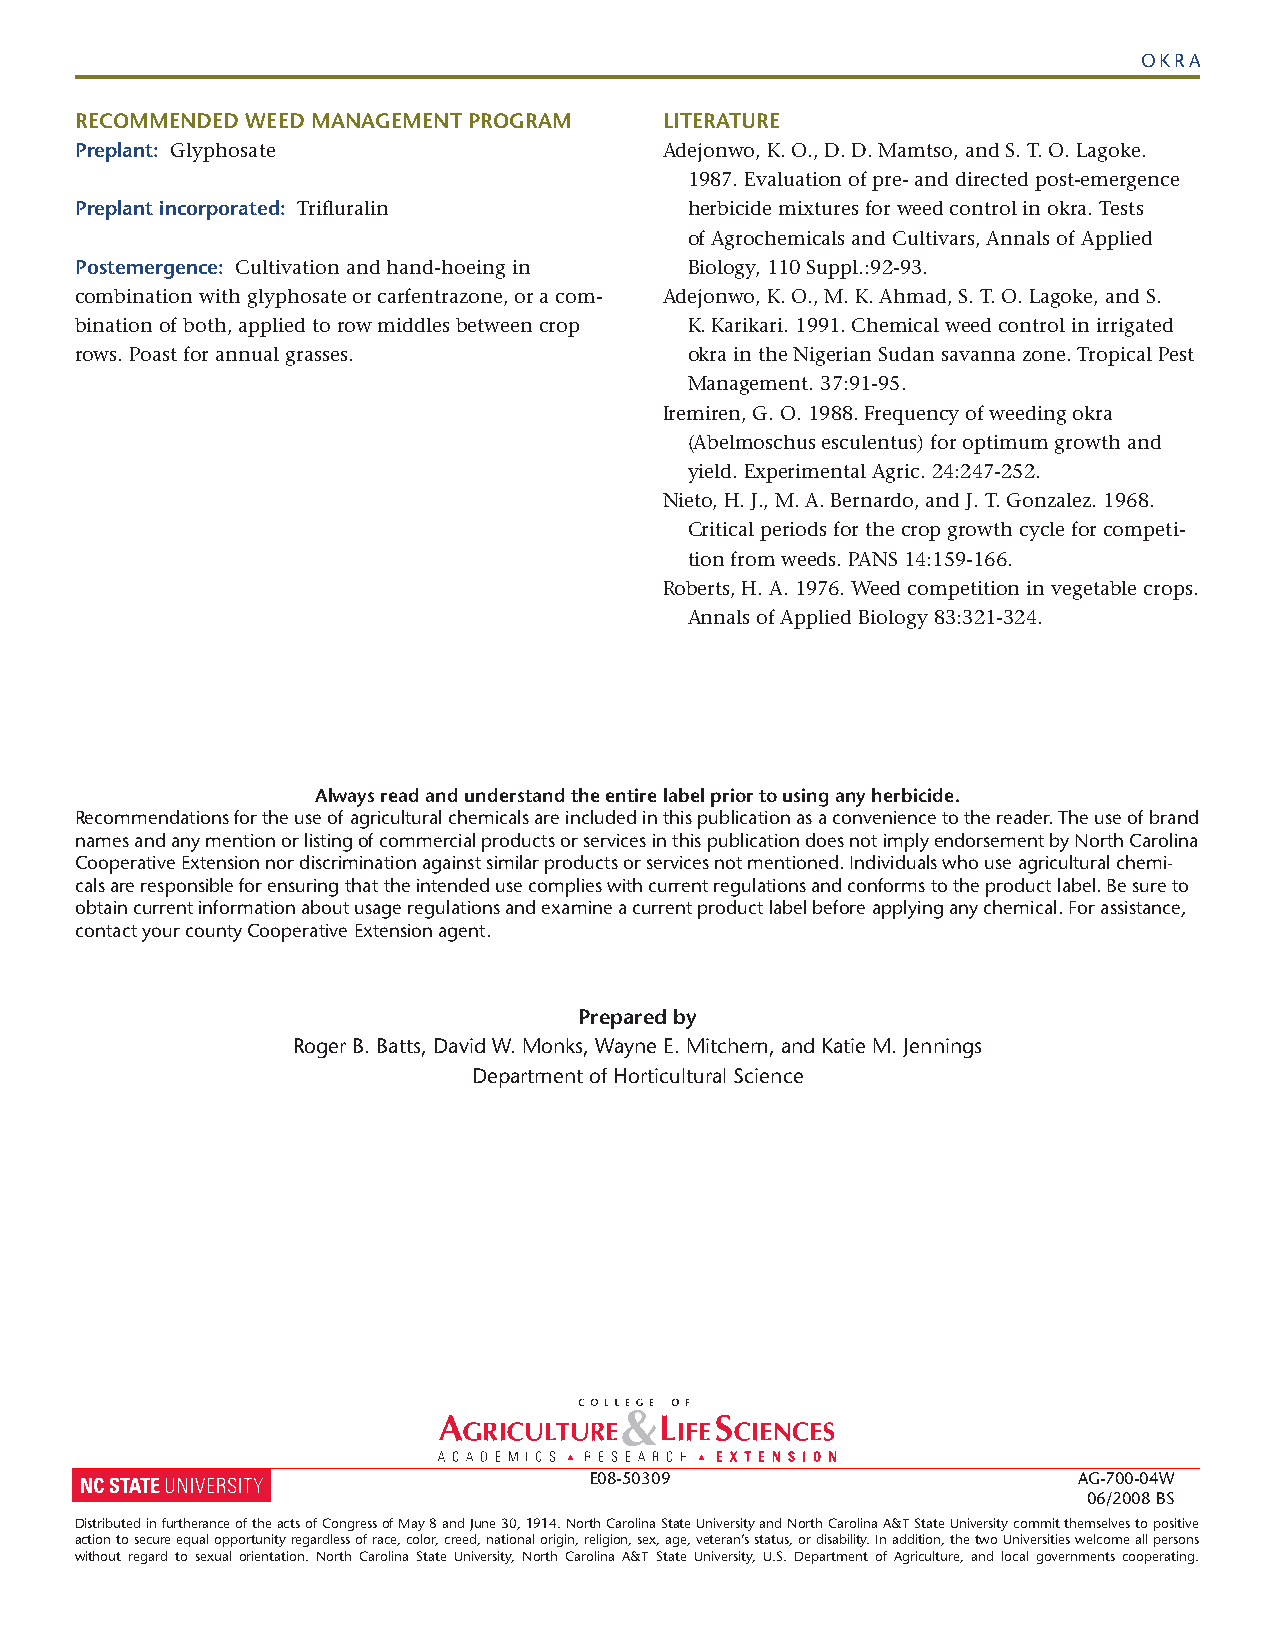
OKRA
 reCoMMended Weed ManaGeMent proGraM    literature
 preplant: Glyphosate                   Adejonwo, K. O., D. D. Mamtso, and S. T. O. Lagoke.
 1987. Evaluation of pre- and directed post-emergence
 preplant incorporated: Trifluralin       herbicide mixtures for weed control in okra. Tests
 of Agrochemicals and Cultivars, Annals of Applied
 postemergence: Cultivation and hand-hoeing in Biology, 110 Suppl.:92-93.
 combination with glyphosate or carfentrazone, or a com- Adejonwo, K. O., M. K. Ahmad, S. T. O. Lagoke, and S.
 bination of both, applied to row middles between crop K. Karikari. 1991. Chemical weed control in irrigated
 rows. Poast for annual grasses.          okra in the Nigerian Sudan savanna zone. Tropical Pest
 Management. 37:91-95.
 Iremiren, G. O. 1988. Frequency of weeding okra
 (Abelmoschus esculentus) for optimum growth and
 yield. Experimental Agric. 24:247-252.
 Nieto, H. J., M. A. Bernardo, and J. T. Gonzalez. 1968.
 Critical periods for the crop growth cycle for competi-
 tion from weeds. PANS 14:159-166.
 Roberts, H. A. 1976. Weed competition in vegetable crops.
 Annals of Applied Biology 83:321-324.
 always read and understand the entire label prior to using any herbicide.
 Recommendations for the use of agricultural chemicals are included in this publication as a convenience to the reader. The use of brand
 names and any mention or listing of commercial products or services in this publication does not imply endorsement by North Carolina
 Cooperative Extension nor discrimination against similar products or services not mentioned. Individuals who use agricultural chemi-
 cals are responsible for ensuring that the intended use complies with current regulations and conforms to the product label. Be sure to
 obtain current information about usage regulations and examine a current product label before applying any chemical. For assistance,
 contact your county Cooperative Extension agent.
 prepared by
 Roger B. Batts, David W. Monks, Wayne E. Mitchem, and Katie M. Jennings
 Department of Horticultural Science
 E08-50309                       AG-700-04W
 06/2008 BS
 Distributed in furtherance of the acts of Congress of May 8 and June 30, 1914. Nort h Carolina State University and North Carolina A&T State University commit themselves to positive
 action to secure equal opportunity regardless of race, color, creed, national origin, religion, sex, age, veteran’s status, or disability. In addition, the two Universities welcome all persons
 without regard to sexual orientation. North Carolina State University, North Carolina A&T State University, U.S. Department of Agriculture, and local governments cooperating.
 3